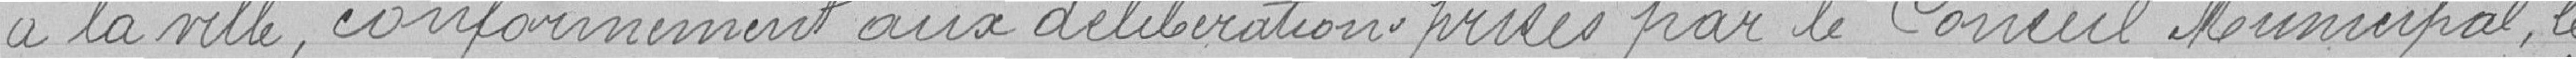
à la ville, conformément aux délibérations prises par le Conseil Municipal, le